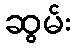
ဆွမ်း